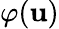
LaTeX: \varphi(\mathbf{u})